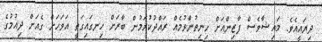
ދިޔައީއެވެ. މައިޝާވެސް ފާޒިންއަށް ހިނިތުންވުމެއް ރައްދުކުރަމުން ބާރަށް ހިނގައިގަތީ އަވަހަށް ގެއަށް ދިއުމުގެ